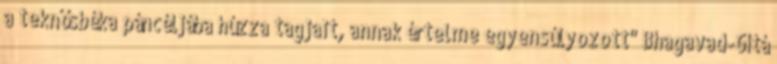
a teknősbéka páncéljába húzza tagjait, annak értelme egyensúlyozott" Bhagavad-Gítá